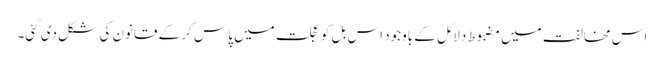
اس مخالفت میں مضبوط دلائل کے باوجود اس بل کو عجلت میں پاس کر کے قانون کی شکل دی گئی۔